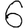
Digit: 6